Indian journal of veterinary science and animal husbandry - Volume 4,
Year: 1934
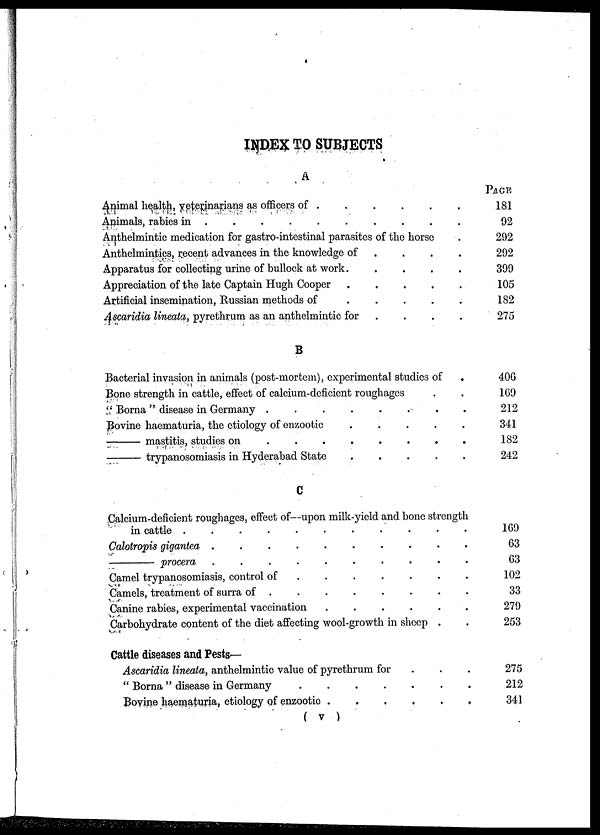
INDEX TO SUBJECTS
A
Animal health, veterinarians as officers of . . . . . .
Animals, rabies in .
.
.
.
.
.
.
.
.
Anthelmintic medication for gastro-intestinal parasites of the horse .
Anthelmintics, recent advances in the knowledge of . . . .
Apparatus for collecting urine of bullock at work. . . . .
Appreciation of the late Captain Hugh Cooper . . . . .
Artificial insemination, Russian methods of
.
.
.
.
.
Ascaridia lineata, pyrethrum as an anthelmintic for . . . .
B
Bacterial invasion in animals (post-mortem), experimental studies of .
Bone strength in cattle, effect of calcium-deficient roughages . .
" Borna " disease in Germany .
.
.
.
.
.
.
Bovine haematuria, the etiology of enzootic
.
.
.
. .
—
mastitis, studies on
.
.
.
.
.
. . .
—
trypanosomiasis in Hyderabad State
.
.
.
.
.
C
Calcium-deficient roughages, effect of—upon milk-yield and bone strength
in cattle .
.
.
.
.
.
.
.
.
.
Calotropis gigantea . . . . . . . . .
—
procera .
.
.
.
.
.
.
.
.
Camel trypanosomiasis, control of
.
.
.
.
. . . . .
Camels, treatment of surra of .
.
.
.
.
. . . . .
Canine rabies, experimental vaccination
.
.
.
.
. . . . .
Carbohydrate content of the diet affecting wool-growth in sheep . .
Cattle diseases and Pests—
Ascaridia lineata, anthelmintic value of pyrethrum for . . .
" Borna " disease in Germany
.
.
.
.
.
.
.
Bovine haematuria, etiology of enzootic .
.
.
.
. .
PAGE
181
92
292
292
399
105
182
275
406
169
212
341
182
242
169
63
63
102
33
279
253
275
212
341
( v )